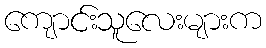
ကျောင်းသူလေးများက